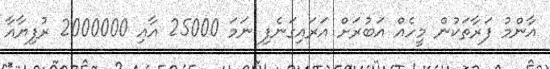
އާންމު ފަރާތަކުން މީހެއް އަބުރަށް އަރައިގަނެފި ނަމަ 25000 އާއި 2000000 ރުފިޔާއާ